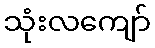
သုံးလကျော်